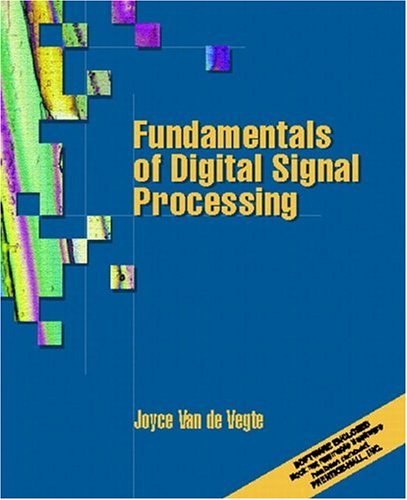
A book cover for Fundamentals of Digital Signal Processing; Joyce Van de Vegte; Computers & Technology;